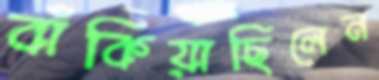
বাঁকিয়াছিলেন